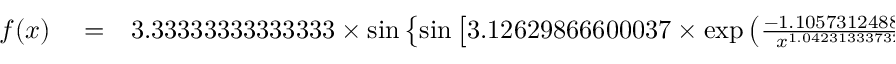
\begin{array} { r l r } { f ( x ) } & { { } = } & { 3 . 3 3 3 3 3 3 3 3 3 3 3 3 3 3 \times \sin \left\{ \sin \left[ 3 . 1 2 6 2 9 8 6 6 6 0 0 0 3 7 \times \exp \left( \frac { - 1 . 1 0 5 7 3 1 2 4 8 8 5 5 5 9 } { x ^ { 1 . 0 4 2 3 1 3 3 3 7 3 2 6 0 5 } } \right) \right] \right\} . } \end{array}